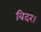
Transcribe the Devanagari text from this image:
बिदर।